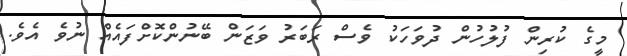
މީގެ ކުރިން ފުލުހުން ދުވަހަކު ވެސް ރަބަރު ވަޒަން ބޭނުންކޮށްފައެއް ނުވެ އެވެ.